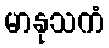
မာနုသကံ